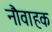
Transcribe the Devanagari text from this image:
नौवाहक